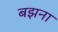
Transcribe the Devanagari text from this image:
बझना